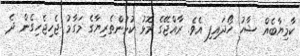
ކާމިޔާބެއް ޝާހު ހޯދައިފި އެވެ. ރާއްޖޭގެ މޮޅު ކުޅުންތެރިޔާގެ މަގާމު ޖެހިޖެހިގެން ދެ